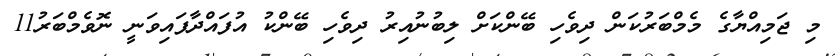
މި ޖަމިއްޔާގެ މެމްބަރުކަން ދިވެހި ބޭންކަށް ލިބުނުއިރު ދިވެހި ބޭންކު އުފައްދާފައިވަނީ ނޮވެމްބަރު11